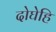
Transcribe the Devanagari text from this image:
दोघेहि